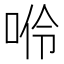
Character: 𠴒